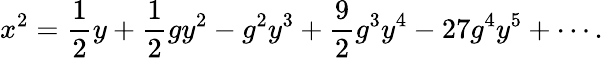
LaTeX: x^{2}=\frac{1}{2}y+\frac{1}{2}gy^{2}-g^{2}y^{3}+\frac{9}{2}g^{3}y^{4}-27g^{4}y^{5}+\cdots.